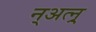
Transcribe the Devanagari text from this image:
न्अत्न्र्